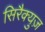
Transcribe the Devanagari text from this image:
सिरैक्युज़